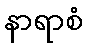
နာရာစံ